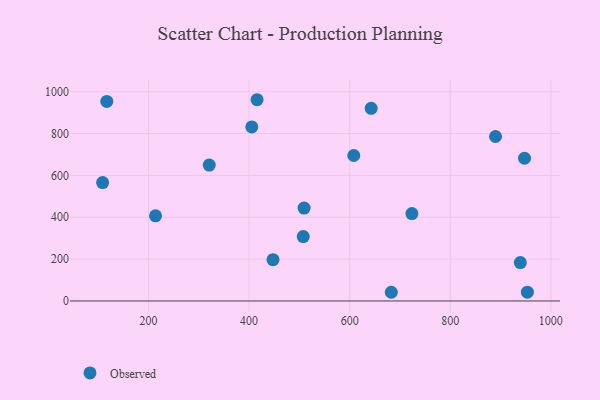
{"axis": {"x": "Engine Size", "y": "Salary"}, "legend": ["Observed"], "data": [{"x": "108.7", "y": 565.9, "type": "Observed"}, {"x": "320.7", "y": 649.2, "type": "Observed"}, {"x": "723.7", "y": 417.4, "type": "Observed"}, {"x": "405.3", "y": 831.7, "type": "Observed"}, {"x": "507.6", "y": 307.8, "type": "Observed"}, {"x": "447.5", "y": 197.4, "type": "Observed"}, {"x": "953.3", "y": 42.3, "type": "Observed"}, {"x": "608.1", "y": 695.0, "type": "Observed"}, {"x": "213.9", "y": 407.0, "type": "Observed"}, {"x": "947.6", "y": 682.0, "type": "Observed"}, {"x": "682.7", "y": 41.6, "type": "Observed"}, {"x": "415.8", "y": 961.6, "type": "Observed"}, {"x": "117.0", "y": 953.4, "type": "Observed"}, {"x": "939.3", "y": 183.7, "type": "Observed"}, {"x": "890.0", "y": 785.9, "type": "Observed"}, {"x": "509.3", "y": 444.1, "type": "Observed"}, {"x": "642.7", "y": 920.7, "type": "Observed"}]}